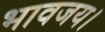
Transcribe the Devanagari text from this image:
भावजय।